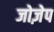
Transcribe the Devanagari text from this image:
जोज़ेप